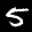
Label: 5